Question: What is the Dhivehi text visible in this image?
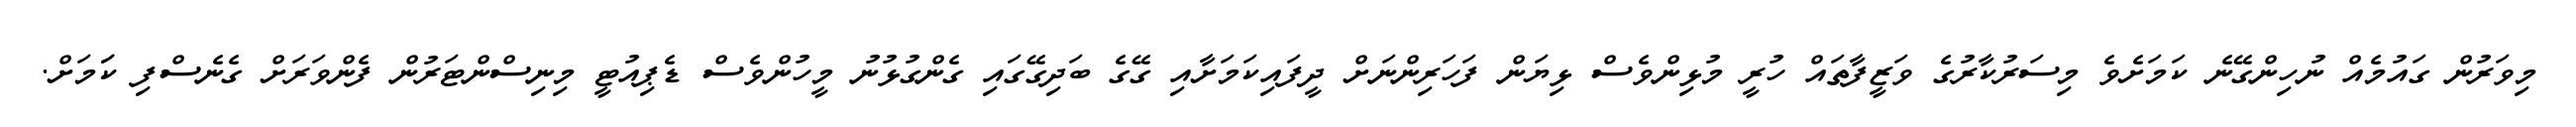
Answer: މިވަރުން ގައުމެއް ނުހިންގޭނެ ކަމަށެވެ މިސަރުކާރުގެ ވަޒީފާތައް ހުރީ މުޅިންވެސް ޅިޔަން ފަހަރިންނަށް ދީފައިކަމަށާއި ގޭގެ ބަދިގޭގައި ގެންގުޅުނު މީހުންވެސް ޑެޕިއުޓީ މިނިސްންޓަރުން ފެންވަރަށް ގެނެސްފި ކަަމަށް.